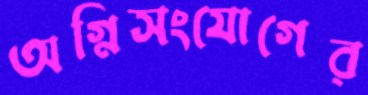
অগ্নিসংযোগের